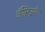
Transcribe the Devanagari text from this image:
ऑस्ट्रियायी